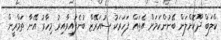
ކްލަބް ދޫކޮށްލަން ބޭނުންކަމަށް އެތައް ފަހަރަކު ސުއަރޭޒް ބުނެފައިވާއިރު މިހާރު އޭނާ ތަމްރީން